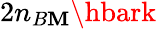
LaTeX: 2n_{B\mathbf{M}}\hbark